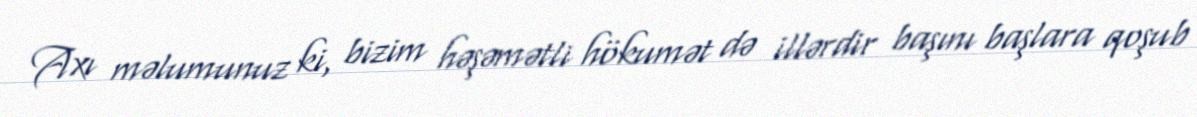
Axı məlumunuz ki, bizim həşəmətli hökumət də illərdir başını başlara qoşub